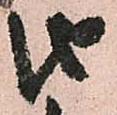
由